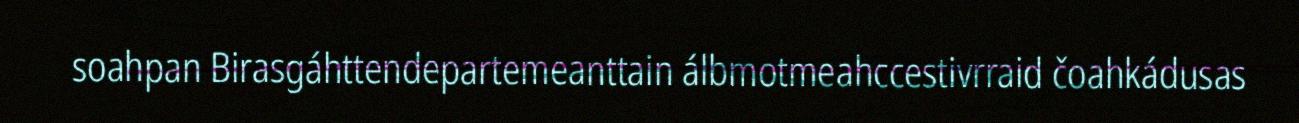
soahpan Birasgáhttendepartemeanttain álbmotmeahccestivrraid čoahkádusas